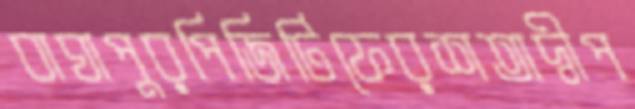
বাঘাপুরপিজিটিফেরশতাদ্বীপ